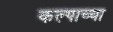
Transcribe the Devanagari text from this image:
कल्पाच्या